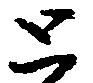
と